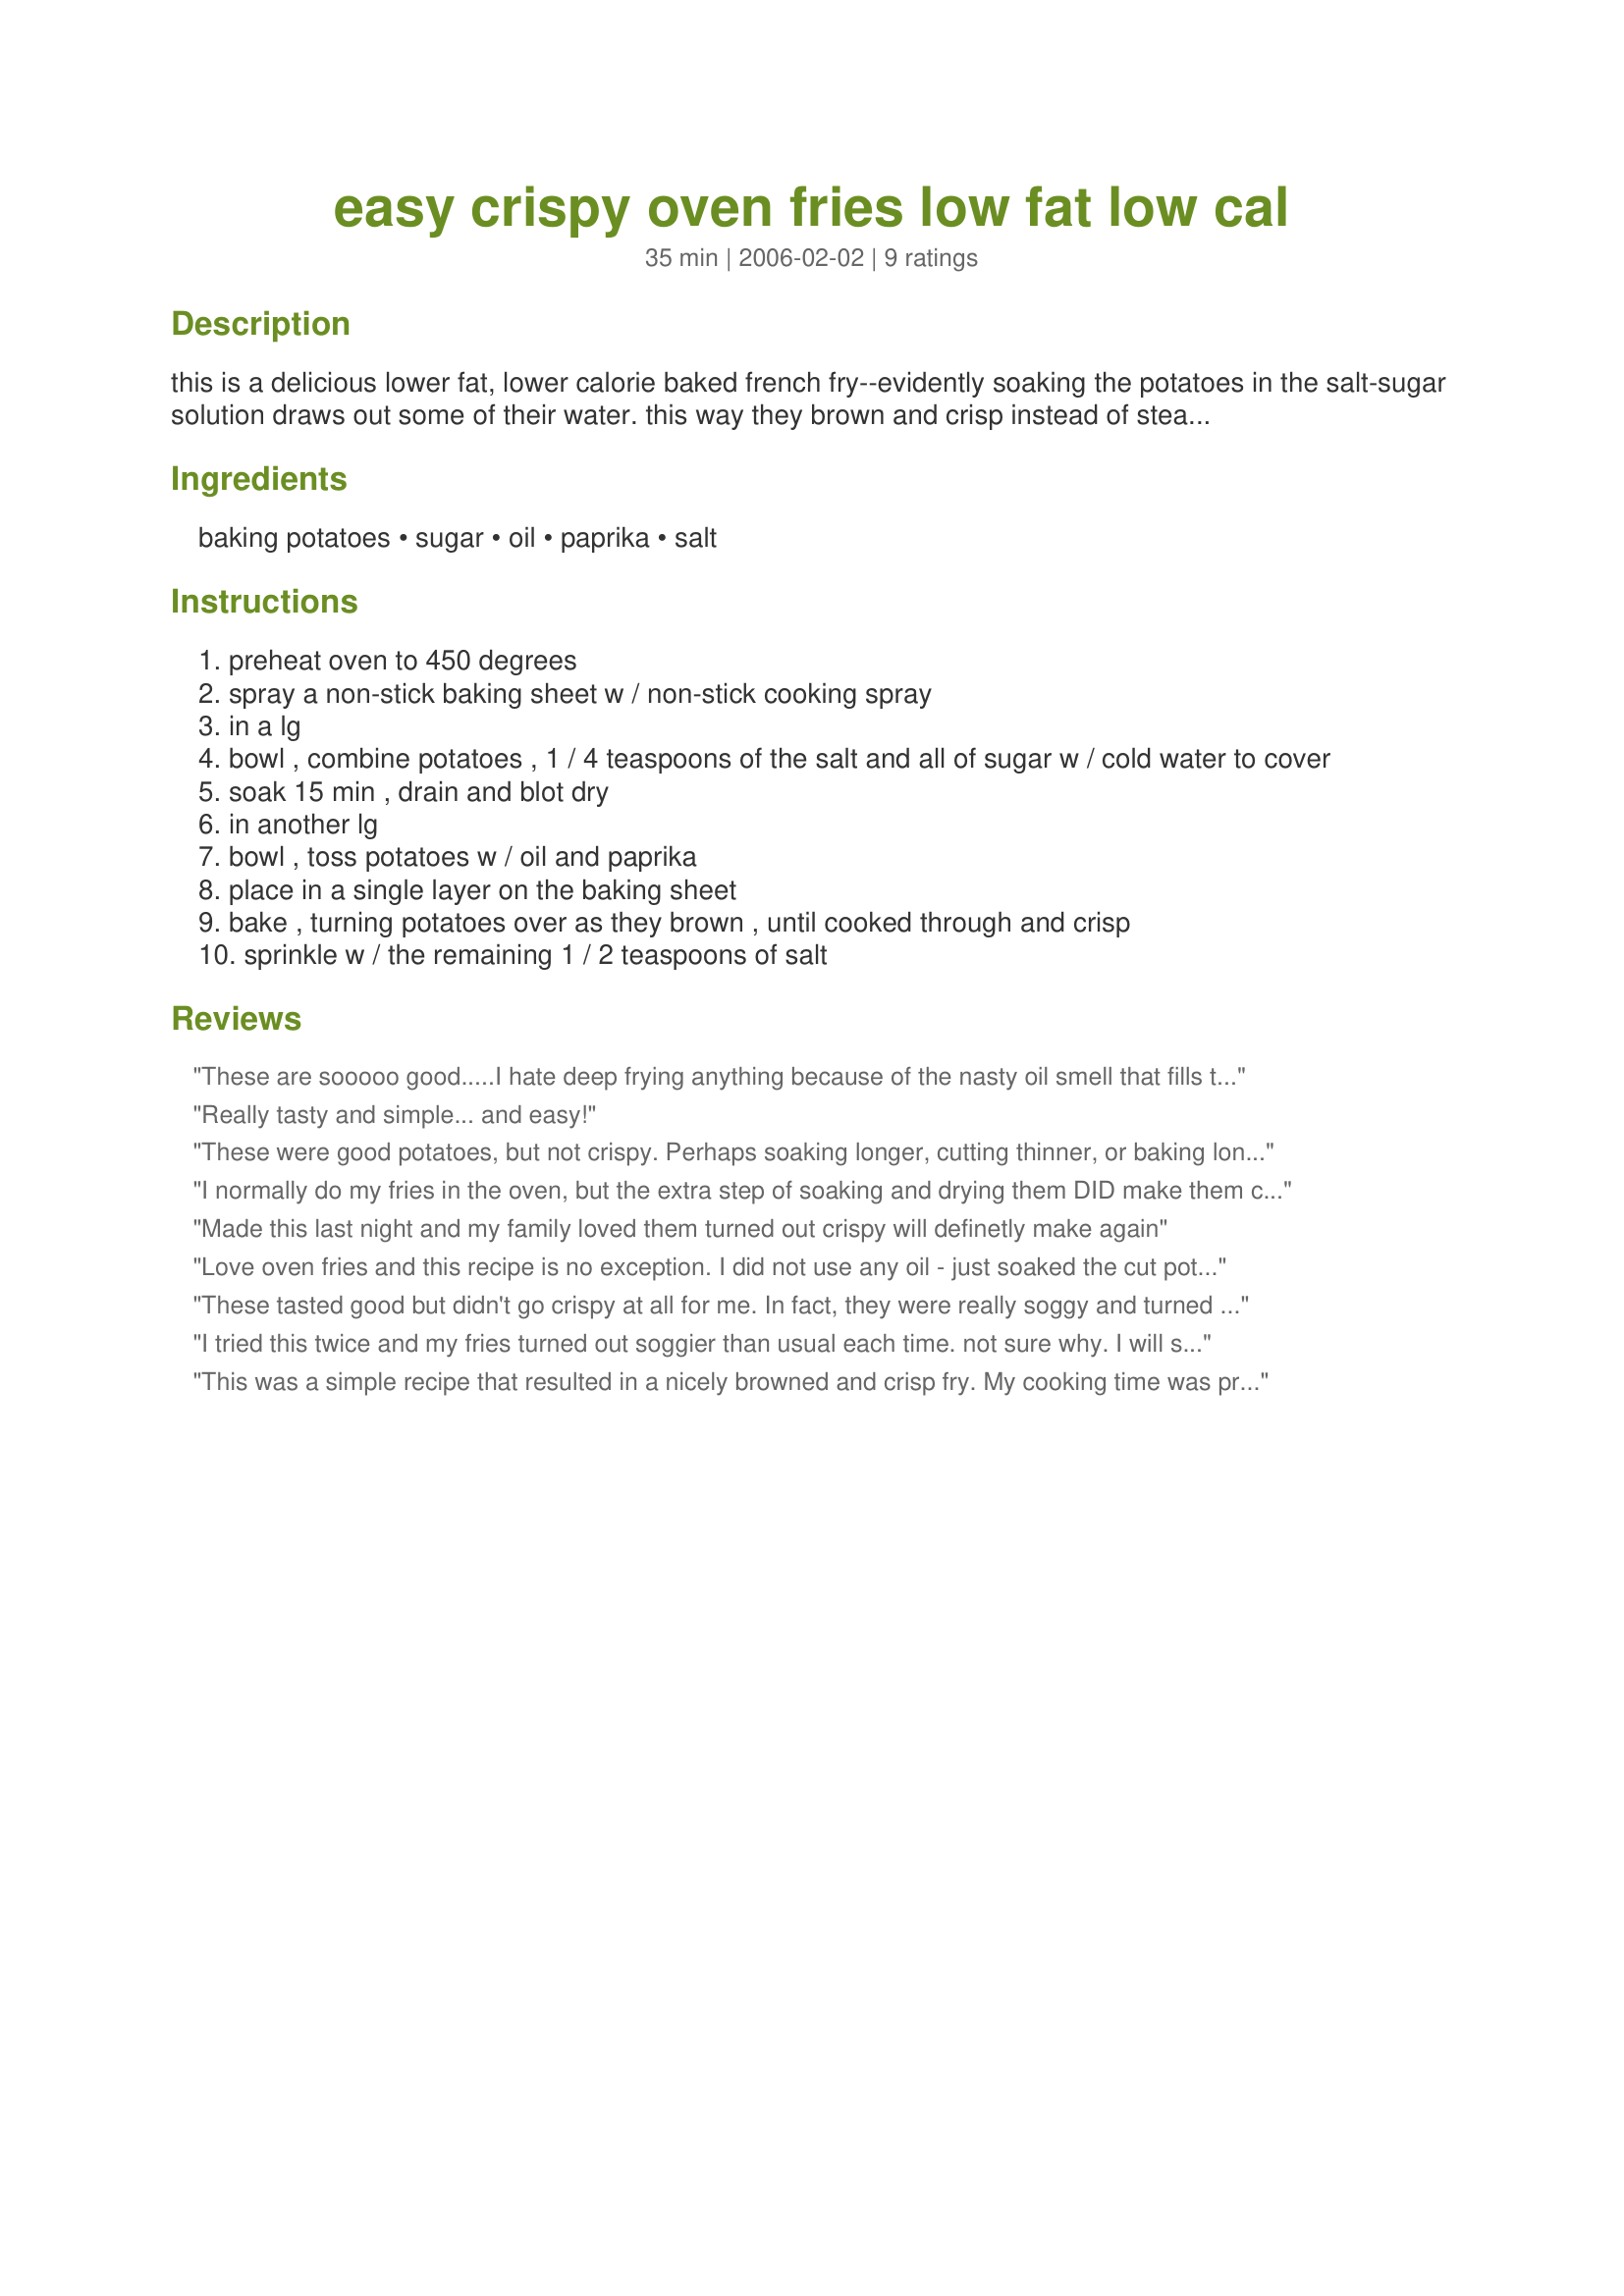
easy crispy oven fries low fat low cal
Preparation time: 35 minutes

this is a delicious lower fat, lower calorie baked french fry--evidently soaking the potatoes in the salt-sugar solution draws out some of their water. this way they brown and crisp instead of steam. so yummy! (to me, these taste like the fry-daddy type french fries my mom made me when i was a kid!) my non-dieter husband also deemed these delicious.

159 calories/5 g. fat, 0 mg. cholesterol/28 g. carbs/3 g fiber

weight watchers points per serving: 3

this came from a ww book, but i'm not sure which one.

Ingredients:
baking potatoes, sugar, oil, paprika, salt

Steps:
preheat oven to 450 degrees
spray a non-stick baking sheet w / non-stick cooking spray
in a lg
bowl , combine potatoes , 1 / 4 teaspoons of the salt and all of sugar w / cold water to cover
soak 15 min , drain and blot dry
in another lg
bowl , toss potatoes w / oil and paprika
place in a single layer on the baking sheet
bake , turning potatoes over as they brown , until cooked through and crisp
sprinkle w / the remaining 1 / 2 teaspoons of salt

Reviews:
These are sooooo good.....I hate deep frying anything because of the nasty oil smell that fills the house. Now we can have french fries all the time....Thank you so much for posting.
Really tasty and simple... and easy!
These were good potatoes, but not crispy. Perhaps soaking longer, cutting thinner, or baking longer would have produced the crispyness - but I'm not sure which.
I normally do my fries in the oven, but the extra step of soaking and drying them DID make them crunchier and more like a "fry" I will do this from now on, thank you!!!
Made this last night and my family loved them turned out crispy will definetly make again
Love oven fries and this recipe is no exception. I did not use any oil - just soaked the cut potatoes in the water with the bit of sugar. Drained off the water lightly dried them in between paper towels then sprinkled them with hot paprika no salt. Delish. Make again recipe
These tasted good but didn't go crispy at all for me. In fact, they were really soggy and turned into a bit of a mushy mess. But it's probably just something I did, since it seems to work for other people. Tasted nice anyway.
I tried this twice and my fries turned out soggier than usual each time. not sure why. I will stick to my usual method. thanks!
This was a simple recipe that resulted in a nicely browned and crisp fry. My cooking time was probably about 40 minutes. Thanks for sharing a good low fat, low cal recipe Andrea!
